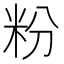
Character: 粉